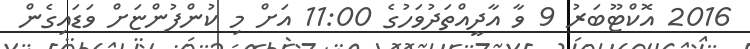
2016 އޮކްޓޫބަރު 9 ވާ އާދީއްތަދުވަހުގެ 11:00 އަށް މި ކުންފުންޏަށް ވަޑައިގެން